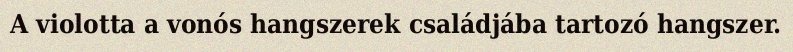
A violotta a vonós hangszerek családjába tartozó hangszer.